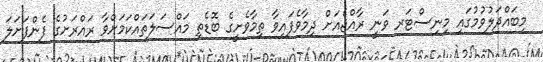
މިބައްދަލުވުމުގައި މިނިސްޓަރ ވަނީ ރާއްޖެއަށް ދިމާވެފައިވާ ތިމާވެށީގެ ބޮޑެތި މައްސަލަތައްކަމަށްވާ ރައްރަށުގެ ފެންފަށަލަ